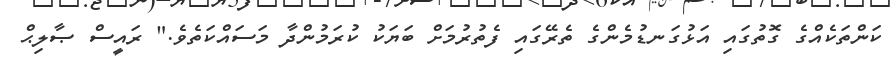
ކަންތަކެއްގެ ގޮތުގައި އަޅުގަނޑުމެންގެ ތެރޭގައި ފެތުރުމަށް ބަޔަކު ކުރަމުންދާ މަސައްކަތެވެ." ރައީސް ޞާލިޙް